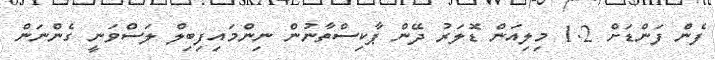
ފެން ފަންޑަށް 1.2 މިލިއަން ޑޮލަރު ދޭން ޕާކިސްތާނުން ނިންމައިފިބިލް ލަސްވަނީ ގެންނަން